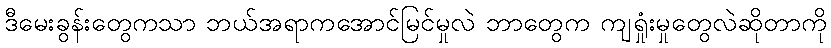
ဒီမေးခွန်းတွေကသာ ဘယ်အရာကအောင်မြင်မှုလဲ ဘာတွေက ကျရှုံးမှုတွေလဲဆိုတာကို